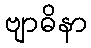
ဗျာဓိနာ